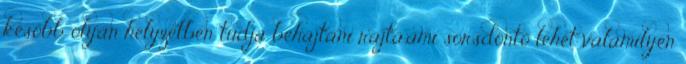
később olyan helyzetben tudja behajtani rajta,ami sorsdöntő lehet valamilyen